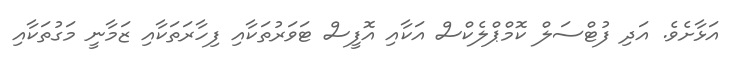
އަޅާށެވެ. އަދި ފުޓްސަލް ކޮމްޕްލެކްސް އަކާއި އޮފީސް ޓަވަރުތަކާއި ފިހާރަތަކާއި ޒަމާނީ މަގުތަކާއި